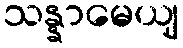
သန္နာမေယျ